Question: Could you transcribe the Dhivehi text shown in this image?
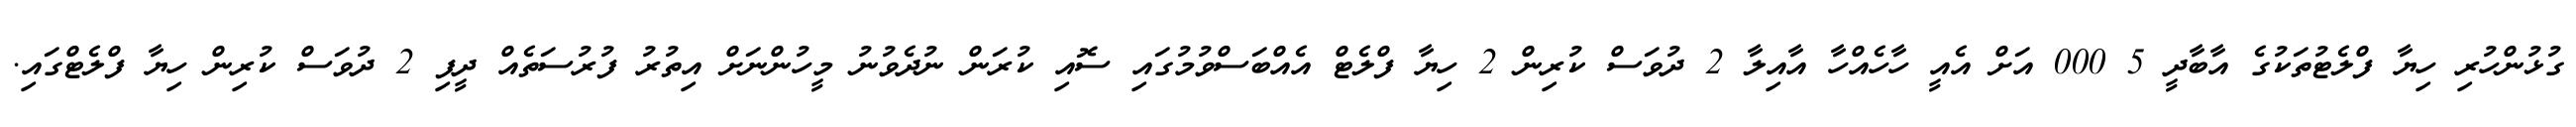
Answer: ގުޅުންހުރި ހިޔާ ފްލެޓުތަކުގެ އާބާދީ 5 000 އަށް އެއީ ހާހެއްހާ އާއިލާ 2 ދުވަސް ކުރިން 2 ހިޔާ ފްލެޓް އެއްބަސްވުމުގައި ސޮއި ކުރަން ނުދެވުނު މީހުންނަށް އިތުރު ފުރުސަތެއް ދީފި 2 ދުވަސް ކުރިން ހިޔާ ފްލެޓްގައި.